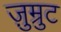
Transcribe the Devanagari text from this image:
ज़ुम्रुट